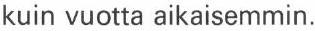
kuin vuotta aikaisemmin.